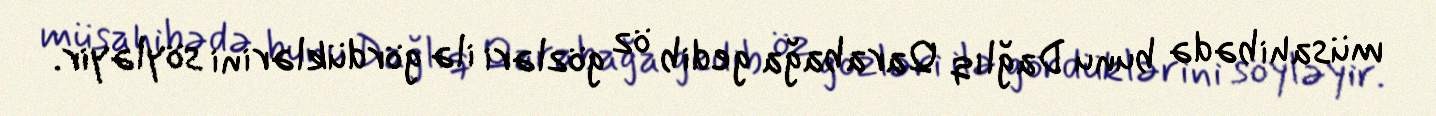
müsahibədə bunu Dağlıq Qarabağa gedib öz gözləri ilə gördüklərini söyləyir.